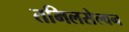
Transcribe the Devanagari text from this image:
तमिलसेल्वन